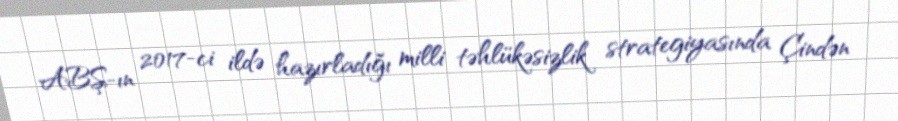
ABŞ-ın 2017-ci ildə hazırladığı milli təhlükəsizlik strategiyasında Çindən